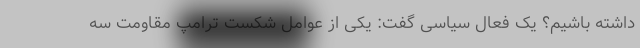
داشته باشیم؟ یک فعال سیاسی گفت: یکی از عوامل شکست ترامپ مقاومت سه